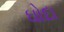
ઘોદા